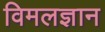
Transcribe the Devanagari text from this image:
विमलज्ञान